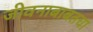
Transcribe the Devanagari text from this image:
जीवनाबाबतचा